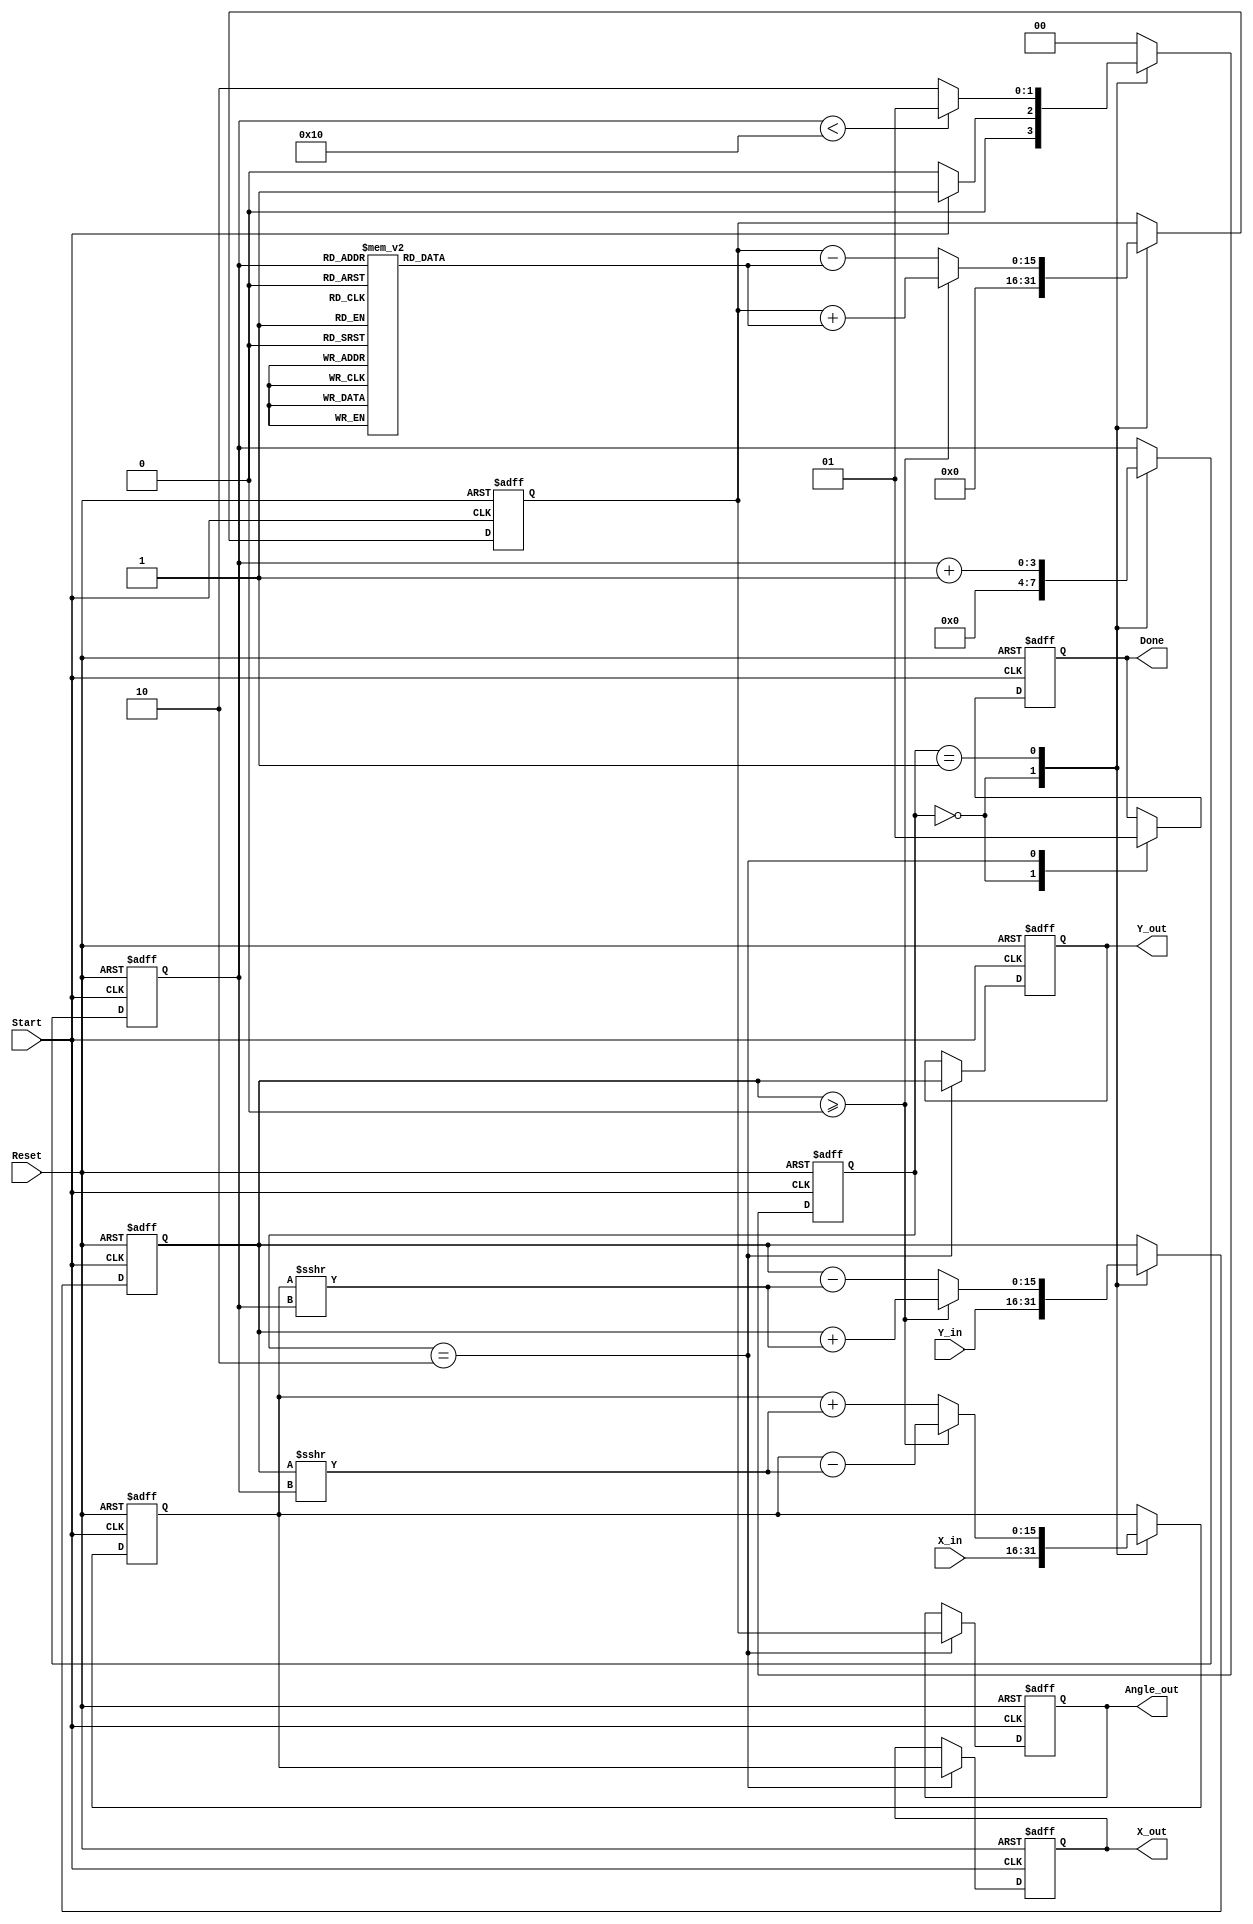
module vectoring_cordic (
    input wire signed [15:0] X_in,      // Input x-coordinate
    input wire signed [15:0] Y_in,      // Input y-coordinate
    input wire Start,                   // Start signal
    input wire Reset,                   // Asynchronous reset
    output reg signed [15:0] Angle_out, // Output angle
    output reg signed [15:0] X_out,     // Final x-coordinate
    output reg signed [15:0] Y_out,     // Final y-coordinate
    output reg Done                     // Completion signal
);

    // Internal registers
    reg signed [15:0] X_reg;
    reg signed [15:0] Y_reg;
    reg signed [15:0] Angle_reg;
    reg [3:0] Iteration_count;           // Counter for iterations
    reg [1:0] state;                     // FSM state
    reg [1:0] next_state;                // Next state for FSM

    // CORDIC angle lookup table (atan(2^-i) in fixed-point format)
    reg signed [15:0] atan_table [0:15];
    initial begin
        atan_table[0] = 16'h0000; // atan(2^0)
        atan_table[1] = 16'h1C71; // atan(2^-1)
        atan_table[2] = 16'h0D8E; // atan(2^-2)
        atan_table[3] = 16'h05A8; // atan(2^-3)
        atan_table[4] = 16'h028D; // atan(2^-4)
        atan_table[5] = 16'h0143; // atan(2^-5)
        atan_table[6] = 16'h00A2; // atan(2^-6)
        atan_table[7] = 16'h0051; // atan(2^-7)
        atan_table[8] = 16'h0028; // atan(2^-8)
        atan_table[9] = 16'h0014; // atan(2^-9)
        atan_table[10] = 16'h000A; // atan(2^-10)
        atan_table[11] = 16'h0005; // atan(2^-11)
        atan_table[12] = 16'h0002; // atan(2^-12)
        atan_table[13] = 16'h0001; // atan(2^-13)
        atan_table[14] = 16'h0000; // atan(2^-14)
        atan_table[15] = 16'h0000; // atan(2^-15)
    end

    // FSM states
    localparam IDLE = 2'b00;
    localparam COMPUTE = 2'b01;
    localparam DONE_STATE = 2'b10;

    // State transition logic
    always @(*) begin
        case (state)
            IDLE: next_state = Start ? COMPUTE : IDLE;
            COMPUTE: next_state = (Iteration_count < 16) ? COMPUTE : DONE_STATE;
            DONE_STATE: next_state = IDLE;
            default: next_state = IDLE;
        endcase
    end

    // State register
    always @(posedge Start or posedge Reset) begin
        if (Reset) begin
            state <= IDLE;
        end else begin
            state <= next_state;
        end
    end

    // Main computation logic
    always @(posedge Start or posedge Reset) begin
        if (Reset) begin
            X_reg <= 0;
            Y_reg <= 0;
            Angle_reg <= 0;
            Iteration_count <= 0;
            Done <= 0;
            X_out <= 0;
            Y_out <= 0;
            Angle_out <= 0;
        end else begin
            case (state)
                IDLE: begin
                    // Initialize registers
                    X_reg <= X_in;
                    Y_reg <= Y_in;
                    Angle_reg <= 0;
                    Iteration_count <= 0;
                    Done <= 0;
                end
                COMPUTE: begin
                    // CORDIC iteration logic
                    if (Y_reg >= 0) begin
                        X_reg <= X_reg - (Y_reg >>> Iteration_count);
                        Y_reg <= Y_reg + (X_reg >>> Iteration_count);
                        Angle_reg <= Angle_reg + atan_table[Iteration_count];
                    end else begin
                        X_reg <= X_reg + (Y_reg >>> Iteration_count);
                        Y_reg <= Y_reg - (X_reg >>> Iteration_count);
                        Angle_reg <= Angle_reg - atan_table[Iteration_count];
                    end
                    Iteration_count <= Iteration_count + 1;
                end
                DONE_STATE: begin
                    // Final output assignment
                    X_out <= X_reg;
                    Y_out <= Y_reg;
                    Angle_out <= Angle_reg;
                    Done <= 1;
                end
            endcase
        end
    end

endmodule